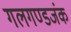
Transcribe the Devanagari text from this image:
गलगण्डजंक